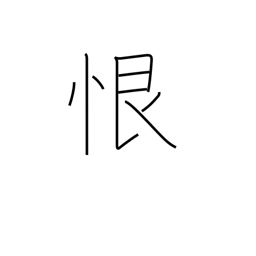
Meaning: malice